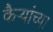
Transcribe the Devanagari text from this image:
कैऱ्यांच्या